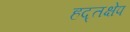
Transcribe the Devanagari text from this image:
हद्तक्षेप